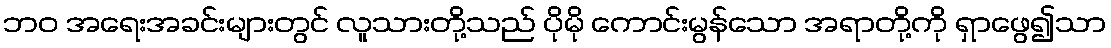
ဘဝ အရေးအခင်းများတွင် လူသားတို့သည် ပိုမို ကောင်းမွန်သော အရာတို့ကို ရှာဖွေ၍သာ